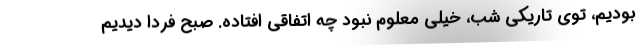
بوديم، توي تاريكي شب، خيلي معلوم نبود چه اتفاقي افتاده. صبح فردا ديديم